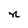
Character: n